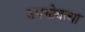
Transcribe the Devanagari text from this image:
उपभोक्त्या